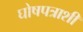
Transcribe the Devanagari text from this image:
घोषपत्राशी